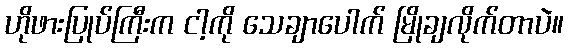
ဟိုဖားပြုပ်ကြီးက ငါ့ကို သေချာပေါက် မြိုချလိုက်တာပဲ။